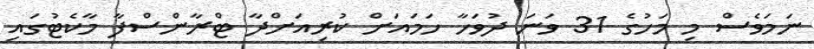
ނަމަވެސް މި މަހުގެ 31 ވަނަ ދުވަހާ ހަމައަށް ކުރިއަށްދާ ޓްރާންސްފާ މާކެޓުގައި